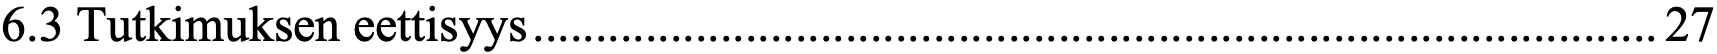
6.3 Tutkimuksen eettisyys .......................................................................................... 27